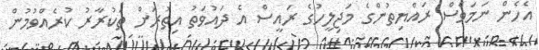
އެހެން ނަމަވެސް ރައްޔިތުންގެ މަޖިލީހުގެ ރައީސް އެ ދައުވަތު އިތުރަށް ތަކުރާރު ކުރެއްވުމުން